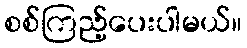
စစ်ကြည့်ပေးပါမယ်။